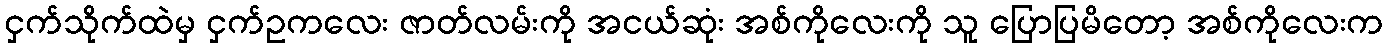
ငှက်သိုက်ထဲမှ ငှက်ဥကလေး ဇာတ်လမ်းကို အငယ်ဆုံး အစ်ကိုလေးကို သူ ပြောပြမိတော့ အစ်ကိုလေးက